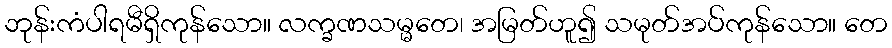
ဘုန်းကံပါရမီရှိကုန်သော။ လက္ခဏသမ္မတေ၊ အမြတ်ဟူ၍ သမုတ်အပ်ကုန်သော။ တေ